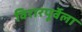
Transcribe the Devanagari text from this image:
विरारपूर्वेला